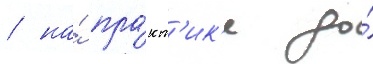
/ на́ пра́кт'ик'е до́